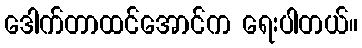
ဒေါက်တာထင်အောင်က ရေးပါတယ်။